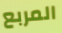
المربع